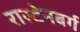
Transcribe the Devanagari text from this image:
रास्टेनबर्ग